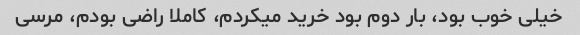
خیلی خوب بود، بار دوم بود خرید میکردم، کاملا راضی بودم، مرسی